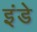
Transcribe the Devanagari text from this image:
इंडे